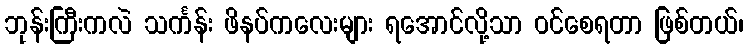
ဘုန်းကြီးကလဲ သင်္ကန်း ဖိနပ်ကလေးများ ရအောင်လို့သာ ဝင်စေရတာ ဖြစ်တယ်၊